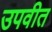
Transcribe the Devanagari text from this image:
उपवीत